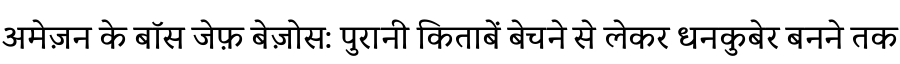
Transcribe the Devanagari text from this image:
अमेज़न के बॉस जेफ़ बेज़ोस: पुरानी किताबें बेचने से लेकर धनकुबेर बनने तक